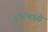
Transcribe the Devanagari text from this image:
८९२मध्ये